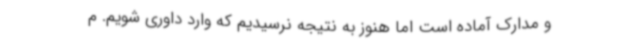
و مدارک آماده است اما هنوز به نتیجه نرسیدیم که وارد داوری شویم. م